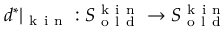
d ^ { * } \vert _ { \mathrm { ~ k ~ i ~ n ~ } } : S _ { \mathrm { ~ o ~ l ~ d ~ } } ^ { \mathrm { ~ k ~ i ~ n ~ } } \to S _ { \mathrm { ~ o ~ l ~ d ~ } } ^ { \mathrm { ~ k ~ i ~ n ~ } }